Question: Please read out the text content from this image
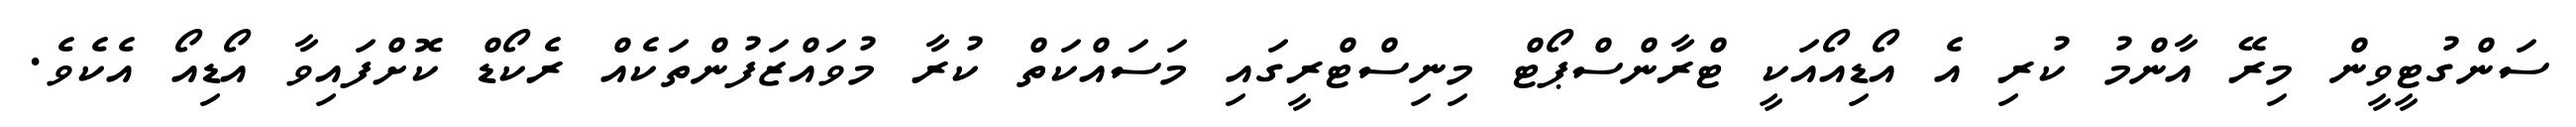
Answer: ސަންގުޓީވީން މިރޭ އާންމު ކުރި އެ އޯޑިއޯއަކީ ޓްރާންސްޕޯޓް މިނިސްޓްރީގައި މަސައްކަތް ކުރާ މުވައްޒަފުންތަކެއް ރެކޯޑް ކޮށްފައިވާ އޯޑިއޯ އެކެވެ.